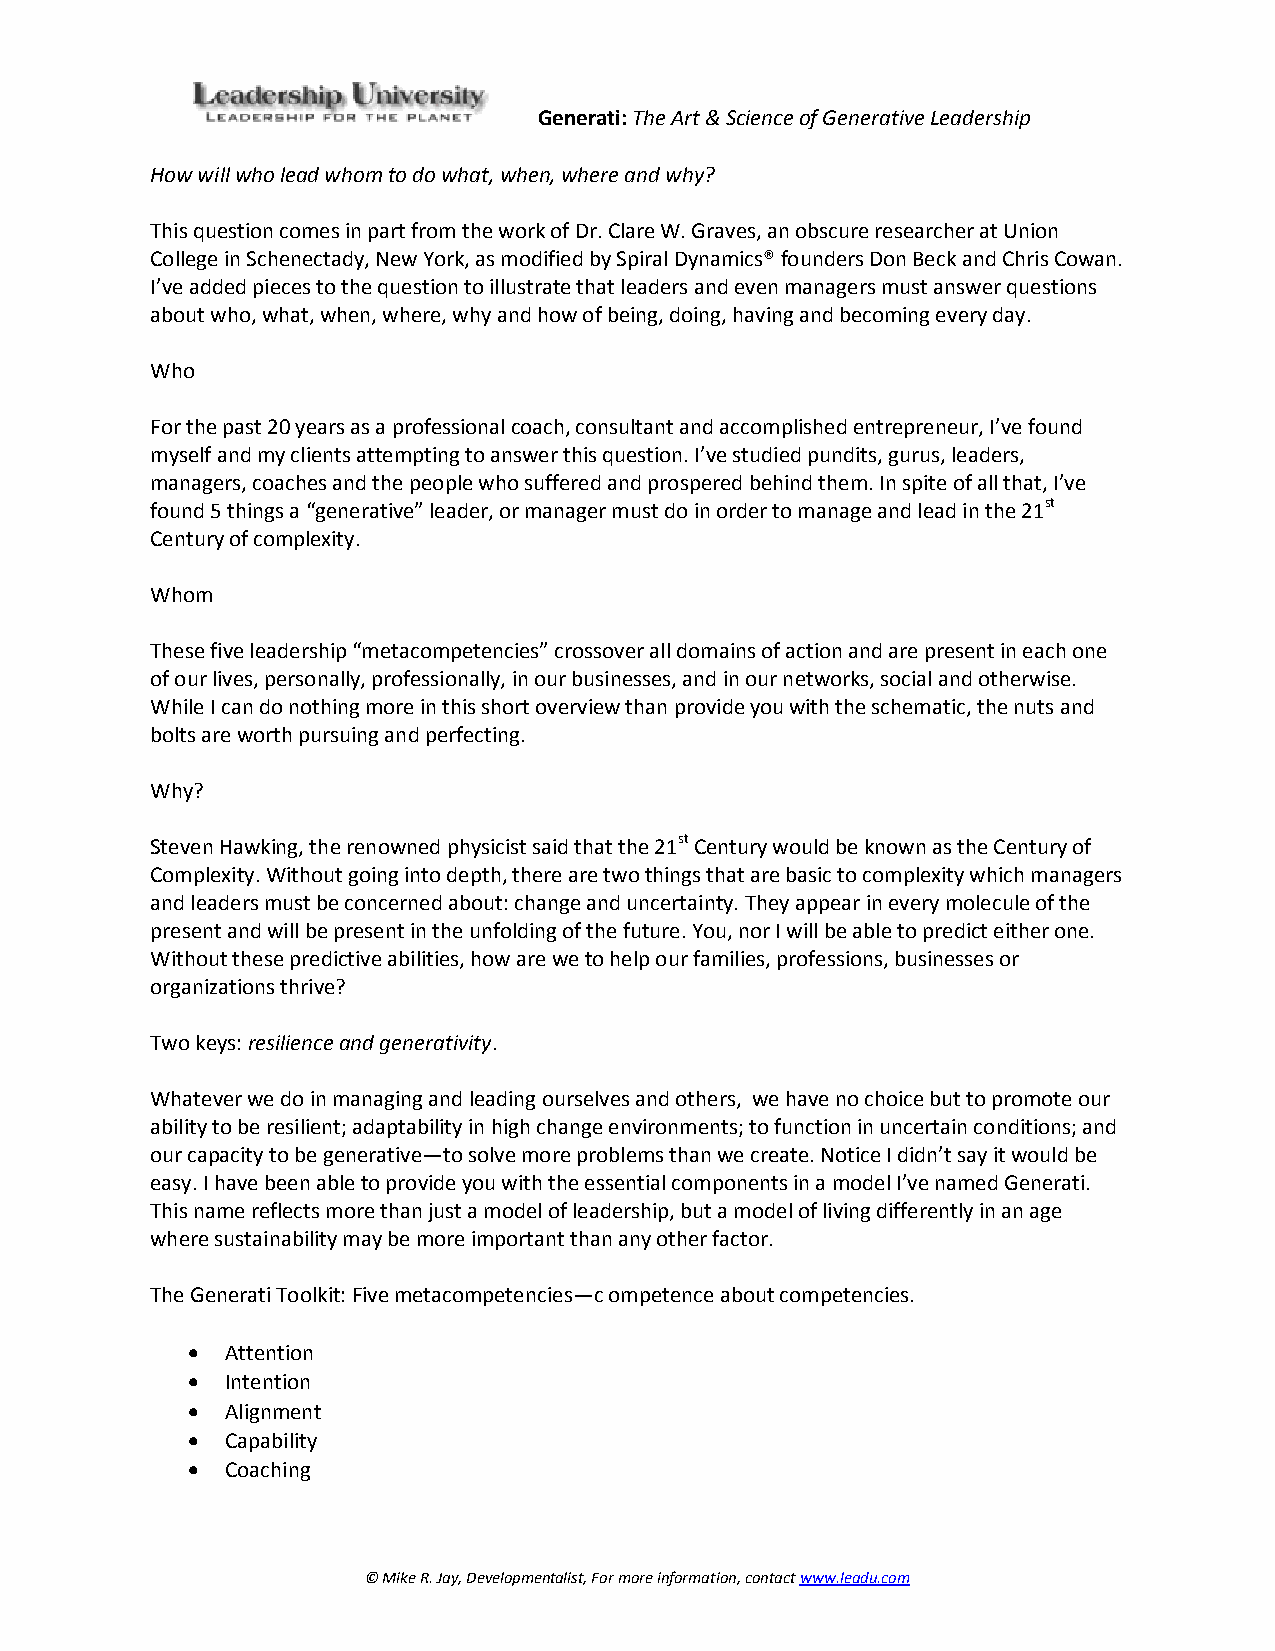
Generati: The Art & Science of Generative Leadership
 How will who lead whom to do what, when, where and why?
 This question comes in part from the work of Dr. Clare W. Graves, an obscure researcher at Union
 College in Schenectady, New York, as modified by Spiral Dynamics® founders Don Beck and Chris Cowan.
 I’ve added pieces to the question to illustrate that leaders and even managers must answer questions
 about who, what, when, where, why and how of being, doing, having and becoming every day.
 Who
 For the past 20 years as a professional coach, consultant and accomplished entrepreneur, I’ve found
 myself and my clients attempting to answer this question. I’ve studied pundits, gurus, leaders,
 managers, coaches and the people who suffered and prospered behind them. In spite of all that, I’ve
 found 5 things a “generative” leader, or manager must do in order to manage and lead in the 21st
 Century of complexity.
 Whom
 These five leadership “metacompetencies” crossover all domains of action and are present in each one
 of our lives, personally, professionally, in our businesses, and in our networks, social and otherwise.
 While I can do nothing more in this short overview than provide you with the schematic, the nuts and
 bolts are worth pursuing and perfecting.
 Why?
 Steven Hawking, the renowned physicist said that the 21st Century would be known as the Century of
 Complexity. Without going into depth, there are two things that are basic to complexity which managers
 and leaders must be concerned about: change and uncertainty. They appear in every molecule of the
 present and will be present in the unfolding of the future. You, nor I will be able to predict either one.
 Without these predictive abilities, how are we to help our families, professions, businesses or
 organizations thrive?
 Two keys: resilience and generativity.
 Whatever we do in managing and leading ourselves and others, we have no choice but to promote our
 ability to be resilient; adaptability in high change environments; to function in uncertain conditions; and
 our capacity to be generative—to solve more problems than we create. Notice I didn’t say it would be
 easy. I have been able to provide you with the essential components in a model I’ve named Generati.
 This name reflects more than just a model of leadership, but a model of living differently in an age
 where sustainability may be more important than any other factor.
 The Generati Toolkit: Five metacompetencies—c ompetence about competencies.
   Attention
   Intention
   Alignment
   Capability
   Coaching
 © Mike R. Jay, Developmentalist, For more information, contact www.leadu.com